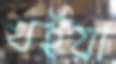
খইয়া